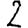
Digit: 2